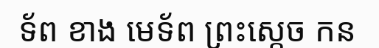
ទ័ព ខាង មេទ័ព ព្រះស្តេច កន